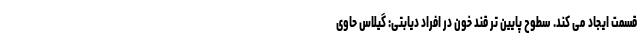
قسمت ایجاد می کند. سطوح پایین تر قند خون در افراد دیابتی: گیلاس حاوی